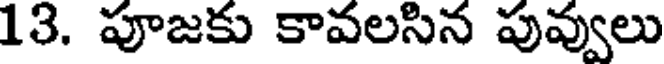
13. పూజకు కావలసిన పువ్వులు